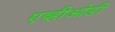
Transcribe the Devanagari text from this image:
एव्हीओडी